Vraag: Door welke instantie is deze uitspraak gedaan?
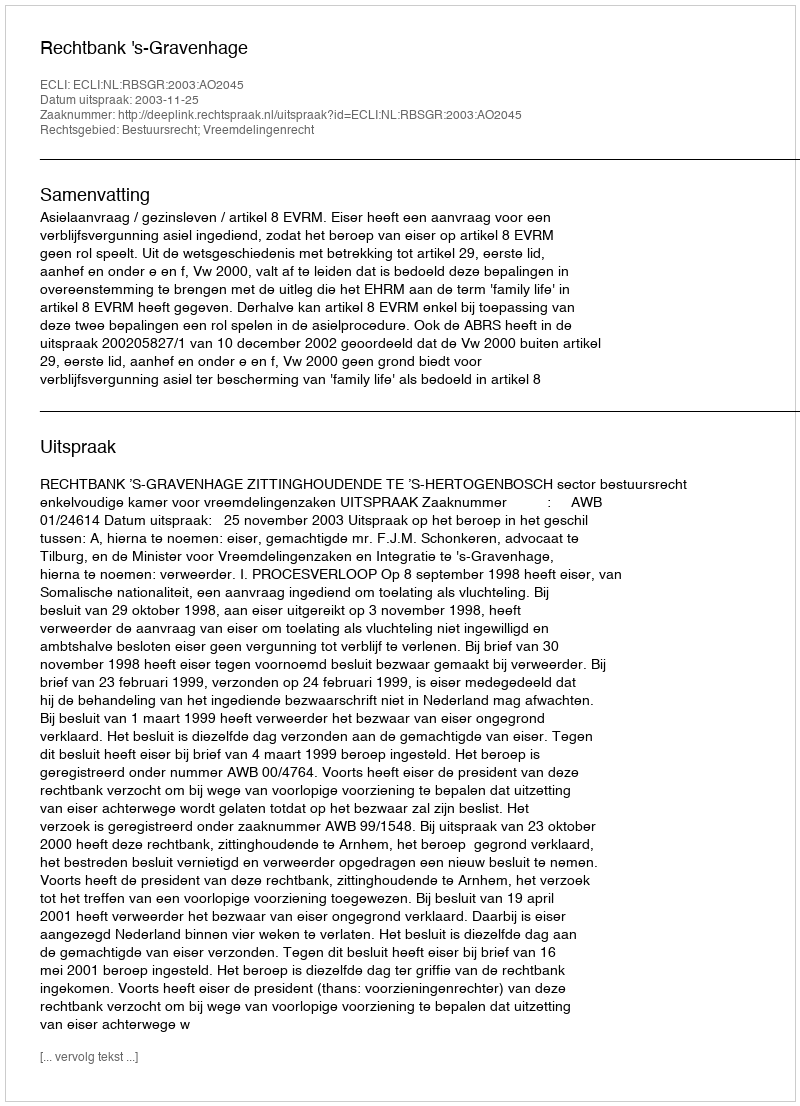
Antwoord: Rechtbank 's-Gravenhage